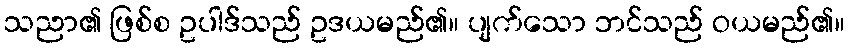
သညာ၏ ဖြစ်စ ဥပါဒ်သည် ဥဒယမည်၏။ ပျက်သော ဘင်သည် ဝယမည်၏။